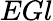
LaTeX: EGl